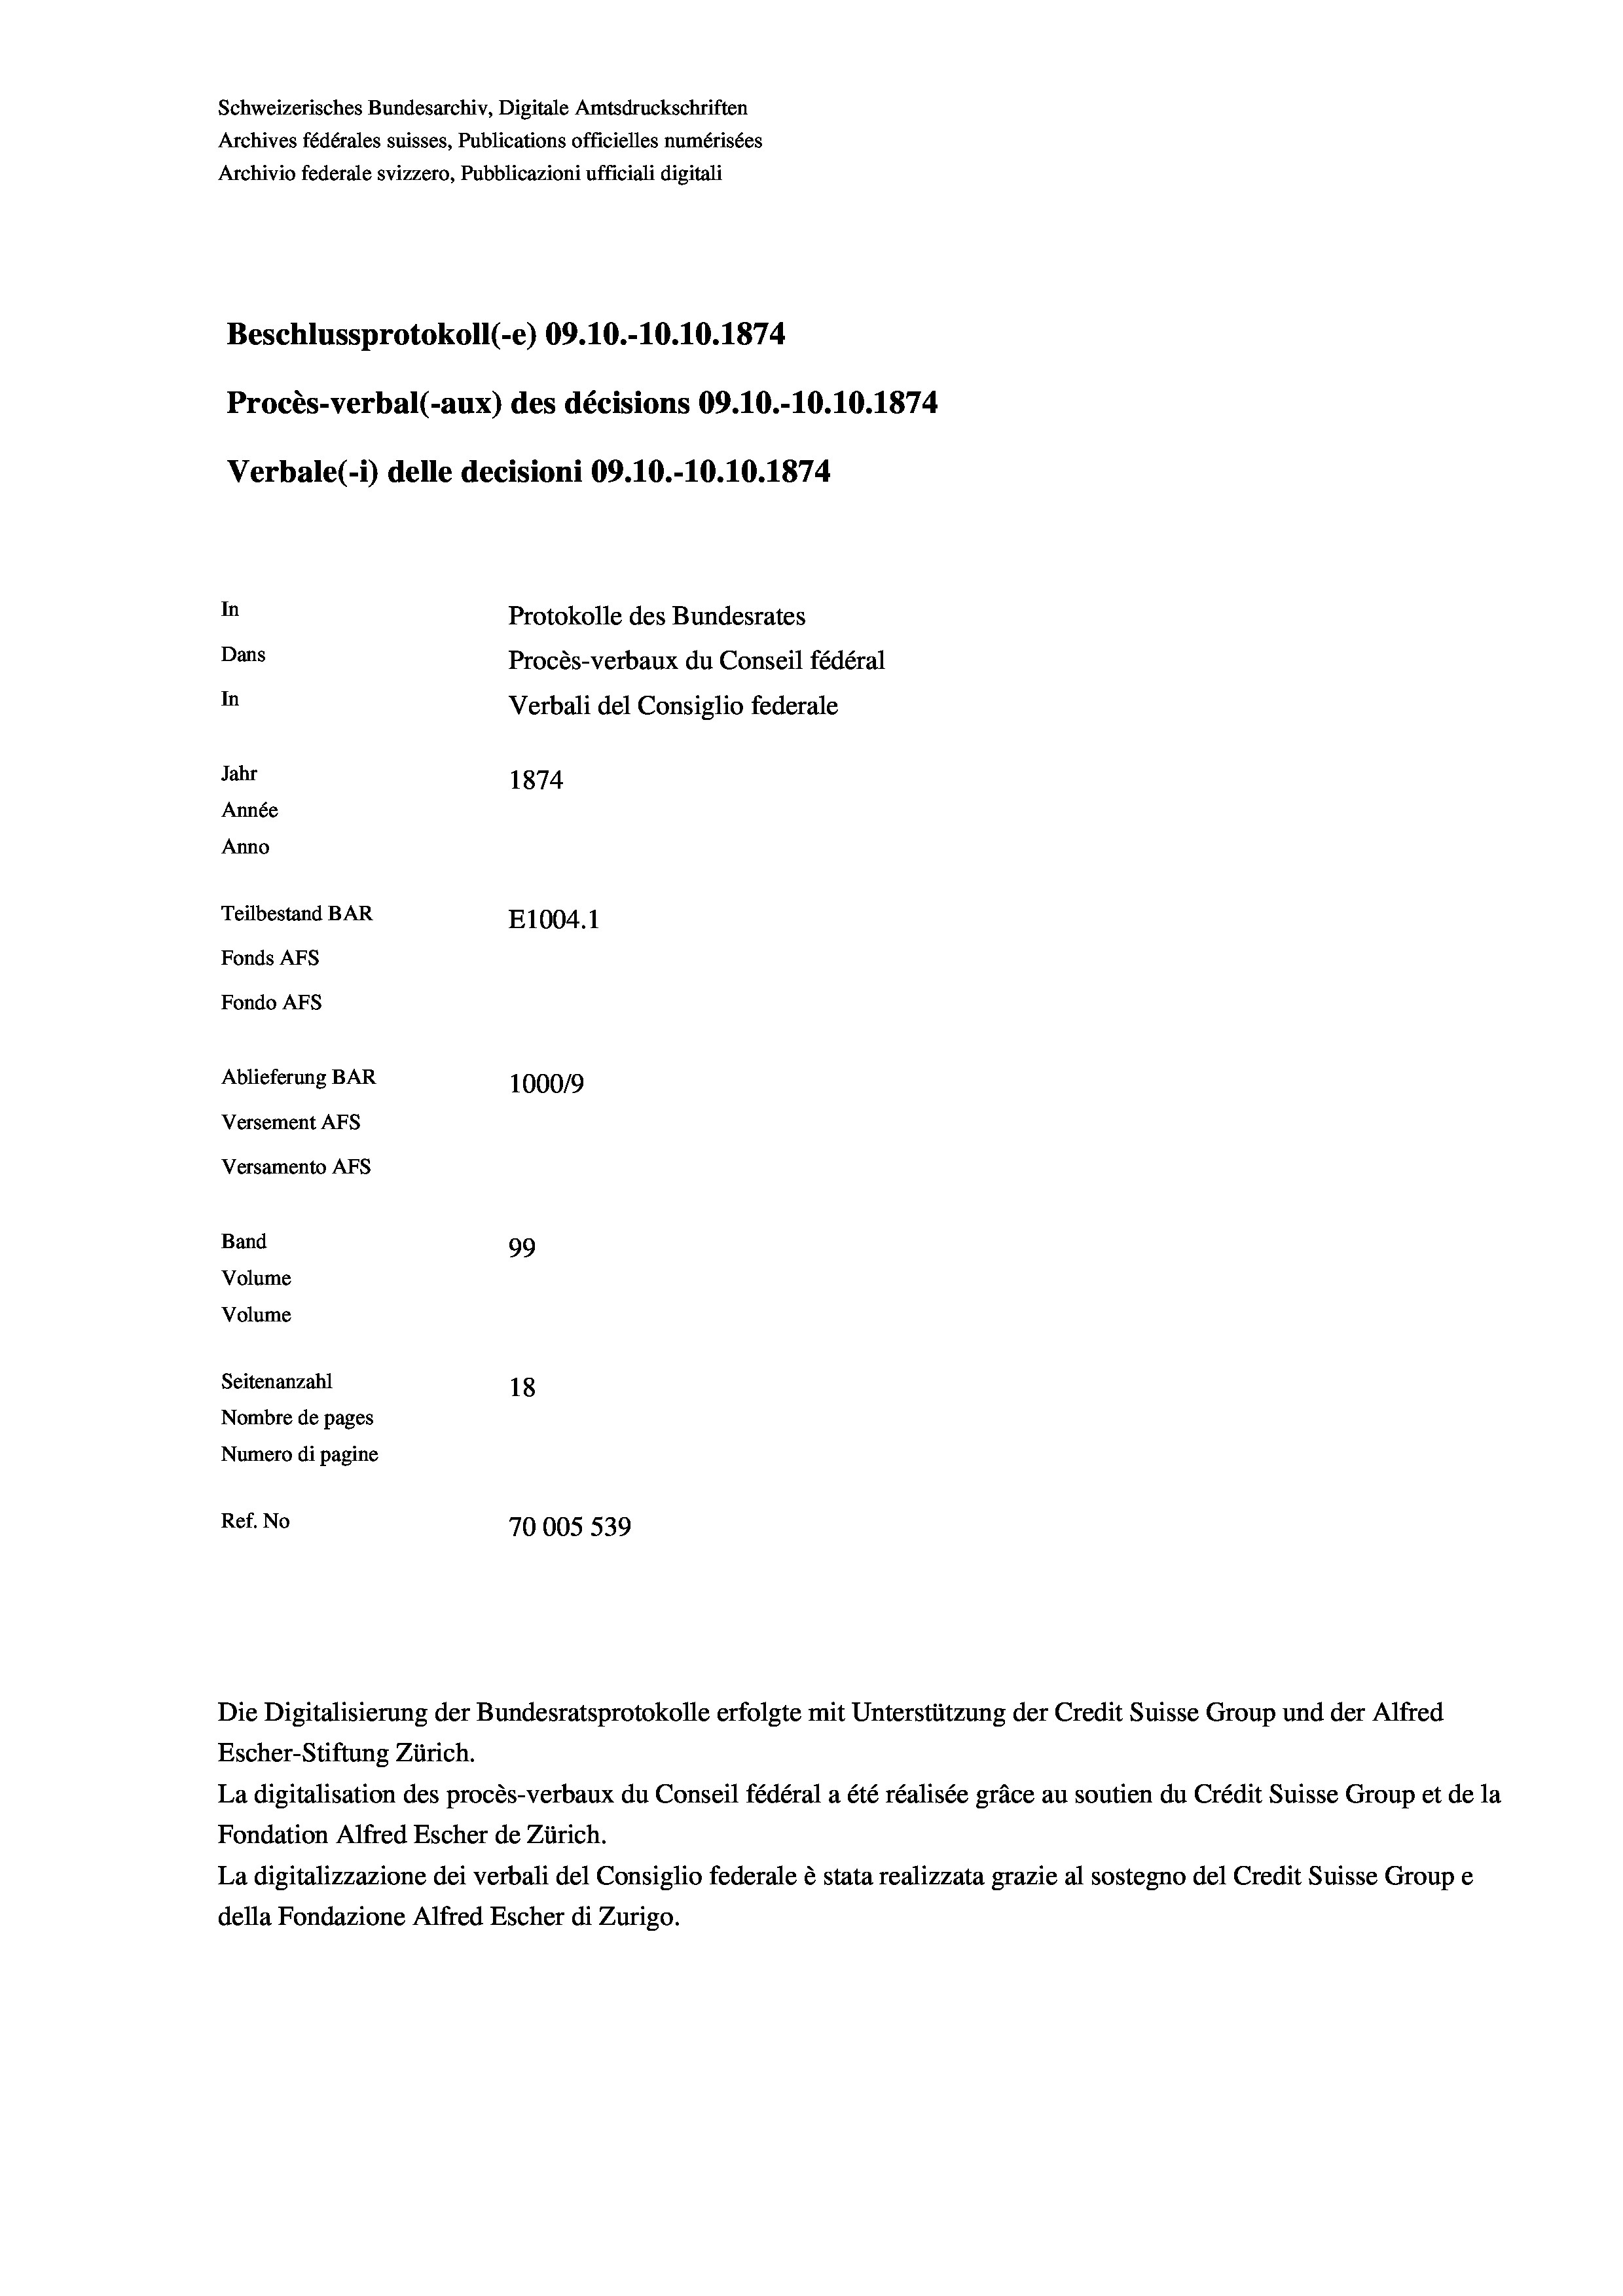
Schweizerisches Bundesarchiv, Digitale Amtsdruckschriften
Archives fédérales suisses, Publications officielles numérisées
Archivio federale svizzero, Pubblicazioni ufficiali digitali
Beschlussprotokoll (-e) 09.10.-10.10.1874
Procès-verbal (-aux) des décisions 09.10.-10.10.1874
Verbale (1) delle decisioni 09.10.-10.10.1874
In
Protokolle des Bundesrates
Dans
Procès-verbaux du Conseil fédéral
In
Verbali del Consiglio federale
Jahr
1874
Année
Anno
Teilbestand BAR
E1004.1
Fonds AFs
Fondo Afs
Ablieferung BAR
1000/9
Versement AFs
Versamento Afs
Band
99
Volume
Volume
Seitenanzahl
18
Nombre de pages
Numero di pagine
Ref. No
70005 539

Die Digitalisierung der Bundesratsprotokolle erfolgte mit Unterstützung der Credit Suisse Group und der Alfred
Escher-Stiftung Zürich.
La digitalisation des procès-verbaux du Conseil fédéral a été réalisée gräce au soutien du Crédit Suisse Group et de la
Fondation Alfred Escher de Zürich.
La digitalizzazione dei verbali del Consiglio federale è stata realizzata grazie al sostegno del Credit Suisse Groupe
della Fondazione Alfred Escher di Zurigo.